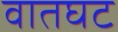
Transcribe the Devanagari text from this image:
वातघट